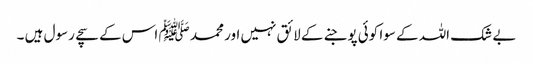
بے شک اللہ کے سوا کوئی پوجنے کے لائق نہیں اور محمد ﷺ اس کے سچے رسول ہیں ۔